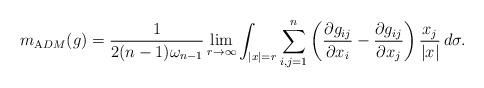
LaTeX: \begin{align*}m_{\mathrm ADM}(g) = \frac{1}{2(n-1)\omega_{n-1}} \lim_{r\to \infty} \int_{|x|=r} \sum_{i,j=1}^n \left( \frac{\partial g_{ij}}{\partial x_i} - \frac{\partial g_{ij}}{\partial x_j} \right) \frac{x_j}{|x|} \, d\sigma.\end{align*}